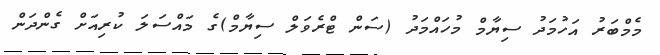
މެމްބަރު އަހުމަދު ސިޔާމް މުހައްމަދު (ސަން ޓްރެވަލް ސިޔާމް)ގެ މައްސަލަ ކުރިއަށް ގެންދަން